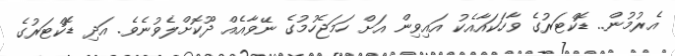
އެރުމުން.. ޑޮކްޓަރުގެ ވާހަކައާއެކު އައިވިން އަށް ހަމަޖެހުމުގެ ނޭވާއެއް ދޫކޮށްލެވުނެވެ. އަދި ޑޮކްޓަރުގެ